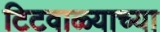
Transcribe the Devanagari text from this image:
टिटवाळ्याच्या